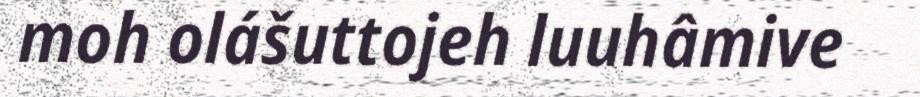
moh olášuttojeh luuhâmive